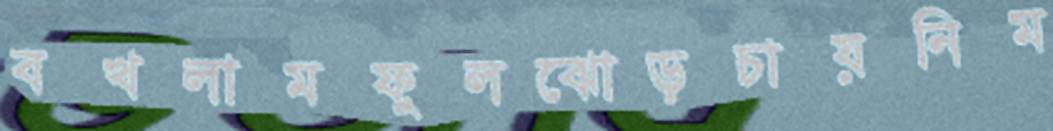
বখলামফুলঝোড়চায়নিম